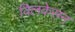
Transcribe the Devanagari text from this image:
विलकेसन